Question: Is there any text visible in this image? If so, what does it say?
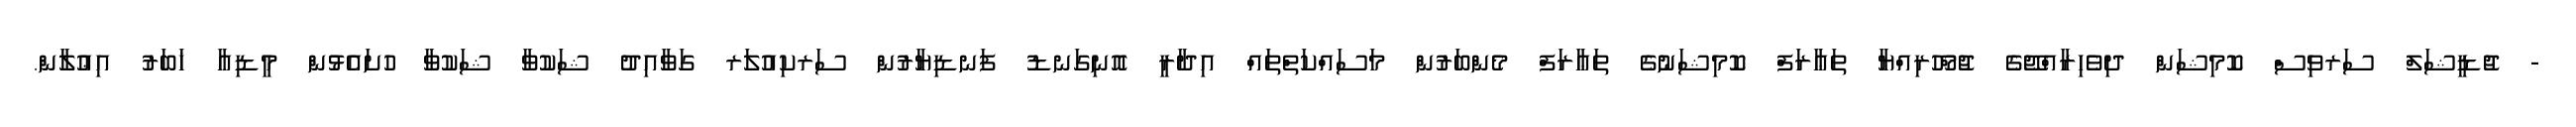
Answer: - ޖުޑީޝަލް ސަރވިސް ކޮމިޝަން ދިވެހިރާއްޖޭގެ ޖުމްހޫރިއްޔާ ތަޢާރަފް ކޮމިޝަނުގެ ތަޢާރަފް މެންބަރުން މަސައްކަތްތައް އިދާރީ އޮނިގަނޑު ފަނޑިޔާރުން ސަރކިއުލަރ ގަވާއިދު ޝަކުވާ ޝަކުވާ ހުށައެޅުން މީޑިއާ ޚަބަރު އިޢުލާން.